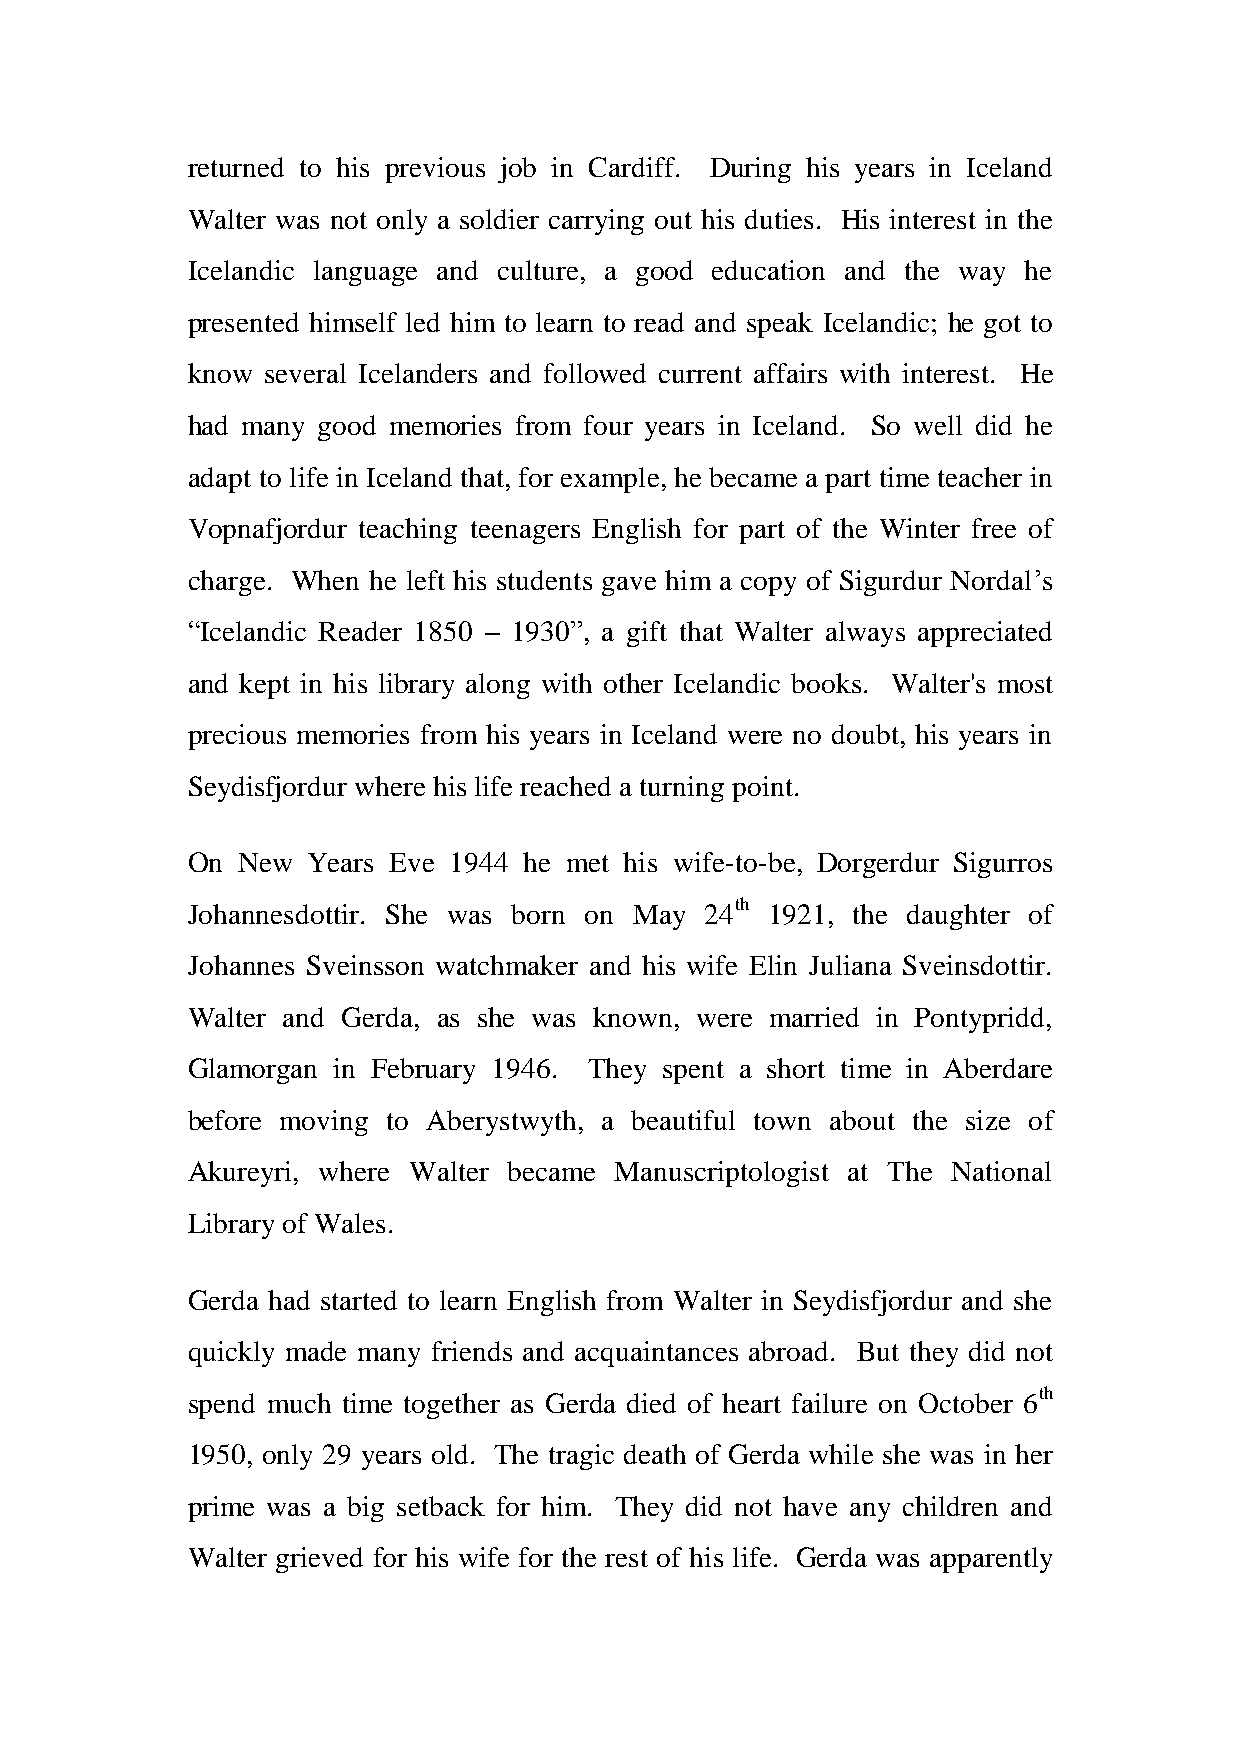
returned to his previous job in Cardiff. During his years in Iceland
 Walter was not only a soldier carrying out his duties. His interest in the
 Icelandic language and culture, a good education and the way he
 presented himself led him to learn to read and speak Icelandic; he got to
 know several Icelanders and followed current affairs with interest. He
 had many good memories from four years in Iceland. So well did he
 adapt to life in Iceland that, for example, he became a part time teacher in
 Vopnafjordur teaching teenagers English for part of the Winter free of
 charge. When he left his students gave him a copy of Sigurdur Nordal’s
 “Icelandic Reader 1850 – 1930”, a gift that Walter always appreciated
 and kept in his library along with other Icelandic books. Walter's most
 precious memories from his years in Iceland were no doubt, his years in
 Seydisfjordur where his life reached a turning point.
 On  New Years Eve 1944 he met his wife-to-be, Dorgerdur Sigurros
 Johannesdottir. She was born on May 24th 1921, the daughter of
 Johannes Sveinsson watchmaker and his wife Elin Juliana Sveinsdottir.
 Walter and Gerda, as she was known, were married in Pontypridd,
 Glamorgan in February 1946. They spent a short time in Aberdare
 before moving to Aberystwyth, a beautiful town about the size of
 Akureyri, where Walter became Manuscriptologist at The National
 Library of Wales.
 Gerda had started to learn English from Walter in Seydisfjordur and she
 quickly made many friends and acquaintances abroad. But they did not
 spend much time together as Gerda died of heart failure on October 6th
 1950, only 29 years old. The tragic death of Gerda while she was in her
 prime was a big setback for him. They did not have any children and
 Walter grieved for his wife for the rest of his life. Gerda was apparently